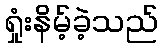
ရှုံးနိမ့်ခဲ့သည်